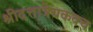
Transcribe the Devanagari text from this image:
श्रीदत्तात्रेयकवच